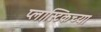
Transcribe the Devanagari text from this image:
प्लास्टिकच्या